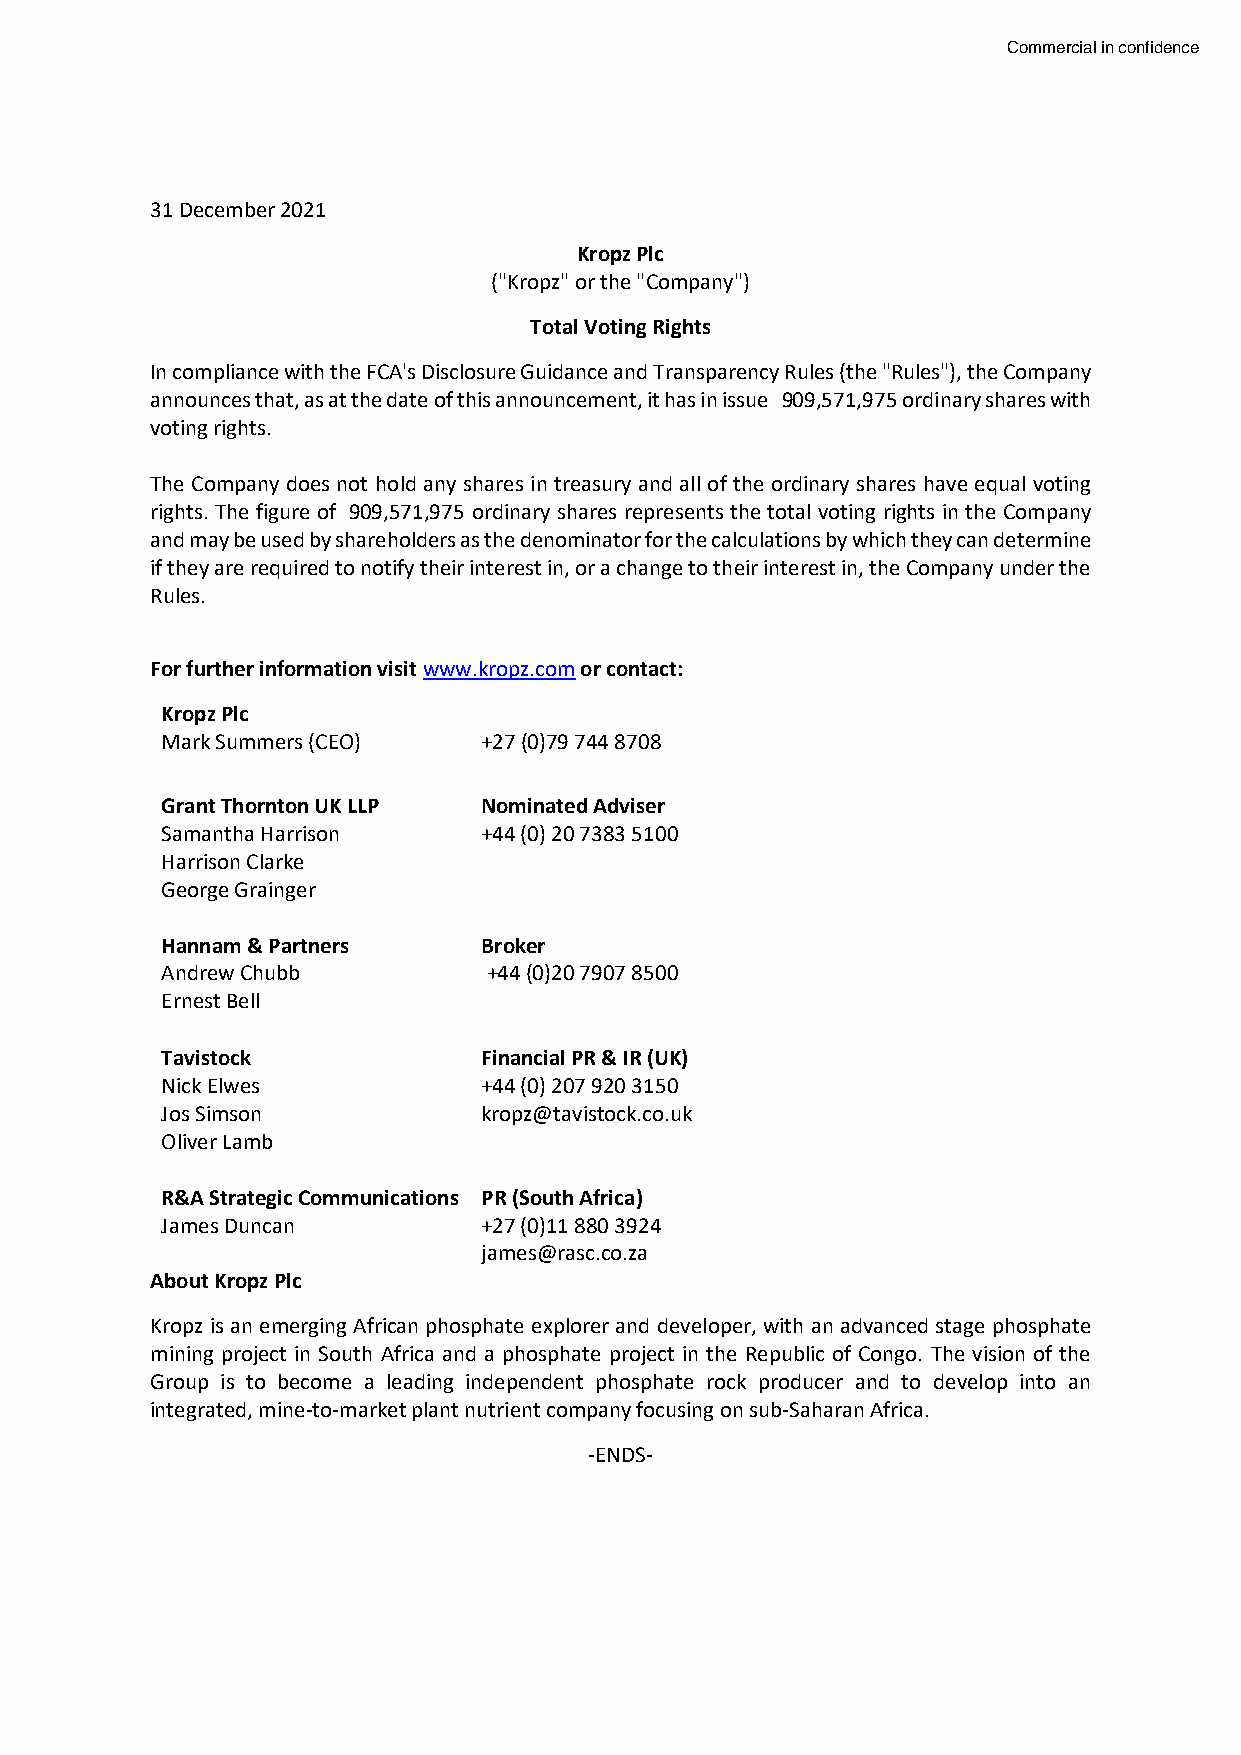
Commercial in confidence
 31 December 2021
 Kropz Plc
 ("Kropz" or the "Company")
 Total Voting Rights
 In compliance with the FCA's Disclosure Guidance and Transparency Rules (the "Rules"), the Company
 announces that, as at the date of this announcement, it has in issue 909,571,975 ordinary shares with
 voting rights.
 The Company does not hold any shares in treasury and all of the ordinary shares have equal voting
 rights. The figure of 909,571,975 ordinary shares represents the total voting rights in the Company
 and may be used by shareholders as the denominator for the calculations by which they can determine
 if they are required to notify their interest in, or a change to their interest in, the Company under the
 Rules.
 For further information visit www.kropz.com or contact:
 Kropz Plc
 Mark Summers (CEO)   +27 (0)79 744 8708
 Grant Thornton UK LLP Nominated Adviser
 Samantha Harrison    +44 (0) 20 7383 5100
 Harrison Clarke
 George Grainger
 Hannam & Partners    Broker
 Andrew Chubb         +44 (0)20 7907 8500
 Ernest Bell
 Tavistock            Financial PR & IR (UK)
 Nick Elwes           +44 (0) 207 920 3150
 Jos Simson           kropz@tavistock.co.uk
 Oliver Lamb
 R&A Strategic Communications PR (South Africa)
 James Duncan         +27 (0)11 880 3924
 james@rasc.co.za
 About Kropz Plc
 Kropz is an emerging African phosphate explorer and developer, with an advanced stage phosphate
 mining project in South Africa and a phosphate project in the Republic of Congo. The vision of the
 Group is to become a leading independent phosphate rock producer and to develop into an
 integrated, mine-to-market plant nutrient company focusing on sub-Saharan Africa.
 -ENDS-